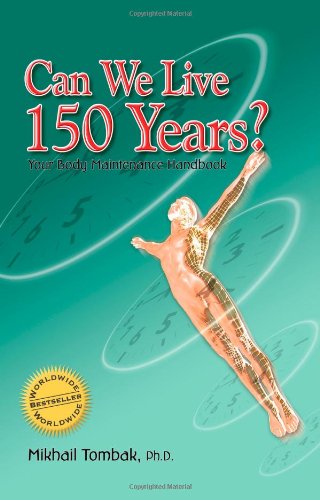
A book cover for Can We Live 150 Years?: Your Body Maintenance Handbook; Mikhail Tombak; Health, Fitness & Dieting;